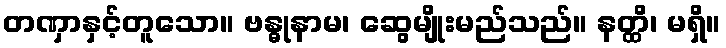
တဏှာနှင့်တူသော။ ဗန္ဓုနာမ၊ ဆွေမျိုးမည်သည်။ နတ္ထိ၊ မရှိ။